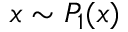
x \sim P _ { 1 } ( x )